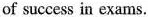
of success in exams.